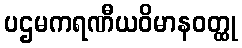
ပဌမကရဏီယဝိမာနဝတ္ထု